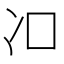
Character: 𱏿